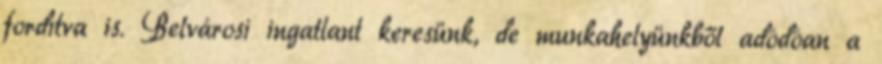
fordítva is. Belvárosi ingatlant keresünk, de munkahelyünkből adódóan a